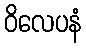
ဝိလေပနံ